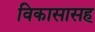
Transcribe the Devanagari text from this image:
विकासासह